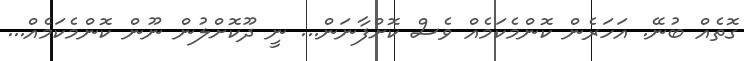
ގޮތެއް ބުނޭ. އަހަރެން ކޮންމެކަމެއް ވެސް ކޮށްފާނަން... ނީ ދޫކޮށްލުން ނޫން ކޮންމެކަމެއް...